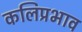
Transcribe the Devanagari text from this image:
कलिप्रभाव